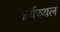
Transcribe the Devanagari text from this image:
कर्यस्थल